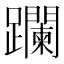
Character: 躝